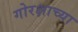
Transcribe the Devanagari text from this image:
गोरक्षाच्या